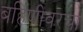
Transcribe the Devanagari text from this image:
बहिणीवरचा